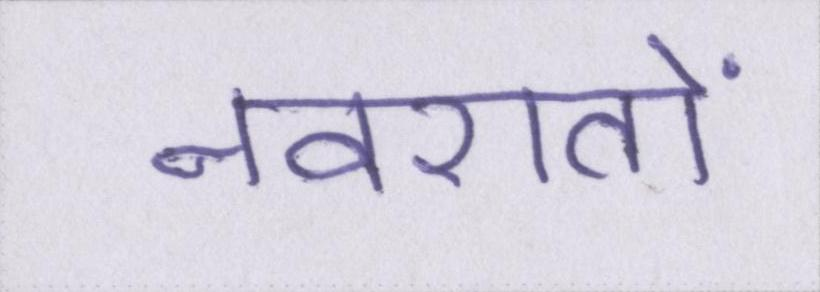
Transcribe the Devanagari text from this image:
नवरातों